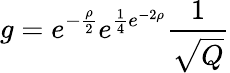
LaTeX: g=e^{-\frac{\rho}{2}}e^{\frac{1}{4}e^{-2\rho}}\frac{1}{\sqrt{Q}}